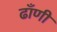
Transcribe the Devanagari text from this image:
ढाँणी